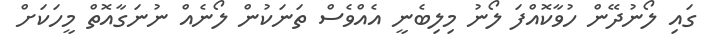
ގައި ލޯނުދޭން ހުވާކޮއްފަ ލޯނު މިލިބެނީ އެއްވެސް ތަނަކުން ލޯނެއް ނުނަގާއޮތް މީހަކަށް